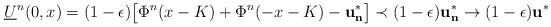
LaTeX: \begin{align*}\underline U^n(0,x)=(1-\epsilon)\big[ \Phi^n(x-K)+\Phi^n(-x-K)-\mathbf{u^*_n}\big]\prec (1-\epsilon)\mathbf{u^*_n}\to (1-\epsilon)\mathbf{u^*}\end{align*}